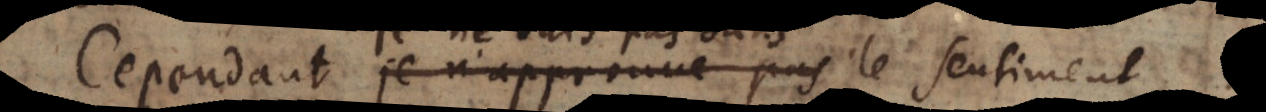
Cependant je n’approuve pas ne suis